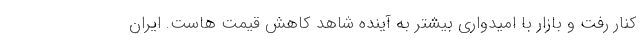
کنار رفت و بازار با امیدواری بیشتر به آینده شاهد کاهش قیمت هاست. ایران